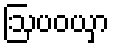
ဩပဝယှာ